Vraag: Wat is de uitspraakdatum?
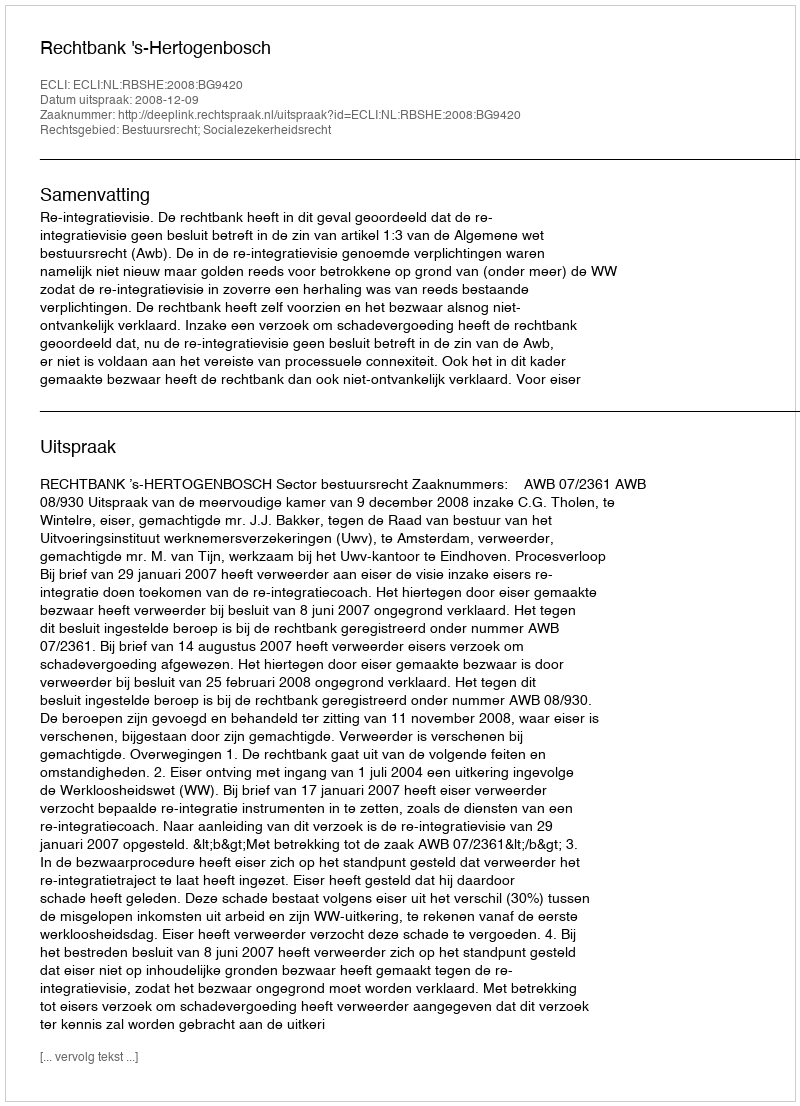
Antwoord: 2008-12-09